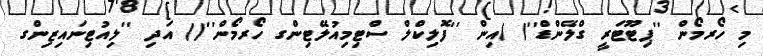
މި ހޯރމޯން ''ޕިޓޫޓަރީ ގްލޭންޑް''( )އިން ''ފޮލިކްލް ސްޓިމިއުލޭޓިންގ ހޯރމޯން''() އަދި ''ލިއުޓިނައިޒިންގ